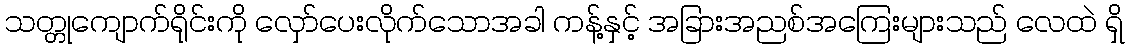
သတ္တုကျောက်ရိုင်းကို လှော်ပေးလိုက်သောအခါ ကန့်နှင့် အခြားအညစ်အကြေးများသည် လေထဲ ရှိ